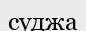
суджа